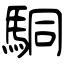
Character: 駧